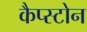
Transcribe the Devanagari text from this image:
कैप्स्टोन